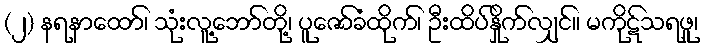
(၂) နရနာထော်၊ သုံးလူ့ဘော်တို့၊ ပူဇော်ခံထိုက်၊ ဦးထိပ်နှိုက်လျှင်။ မကိုဋ်သရဖူ၊